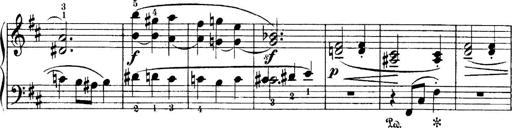
Title: 4 Sonatines
Composer: Max Reger